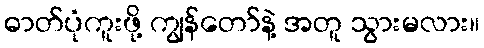
ဓာတ်ပုံကူးဖို့ ကျွန်တော်နဲ့ အတူ သွားမလား။